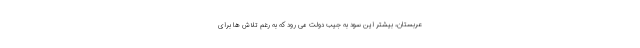
عربستان، بیشتر این سود به جیب دولت می رود که به رغم تلاش ها برای